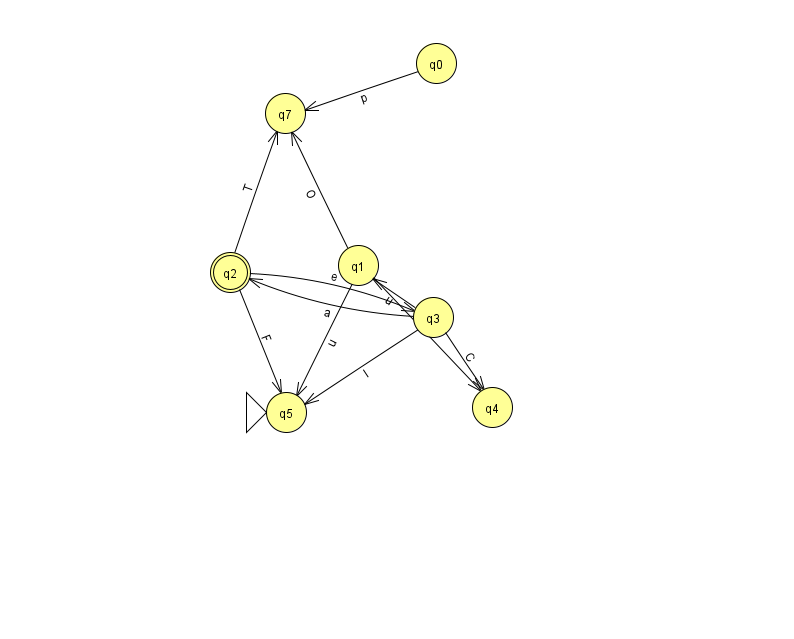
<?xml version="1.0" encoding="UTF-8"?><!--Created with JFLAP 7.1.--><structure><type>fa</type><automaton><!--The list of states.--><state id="0" name="q0"><x>436.0</x><y>50.0</y></state><state id="1" name="q1"><x>358.0</x><y>252.0</y></state><state id="2" name="q2"><x>230.0</x><y>259.0</y><final/></state><state id="3" name="q3"><x>433.0</x><y>304.0</y></state><state id="4" name="q4"><x>492.0</x><y>394.0</y></state><state id="5" name="q5"><x>286.0</x><y>399.0</y><initial/></state><state id="7" name="q7"><x>285.0</x><y>100.0</y></state><!--The list of transitions.--><transition><from>3</from><to>1</to><read>u</read></transition><transition><from>2</from><to>7</to><read>T</read></transition><transition><from>3</from><to>5</to><read>l</read></transition><transition><from>2</from><to>3</to><read>e</read></transition><transition><from>3</from><to>2</to><read>a</read></transition><transition><from>0</from><to>7</to><read>p</read></transition><transition><from>1</from><to>7</to><read>O</read></transition><transition><from>3</from><to>4</to><read>C</read></transition><transition><from>1</from><to>4</to><read>d</read></transition><transition><from>1</from><to>5</to><read>u</read></transition><transition><from>2</from><to>5</to><read>F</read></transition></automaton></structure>